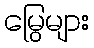
မြွေများ